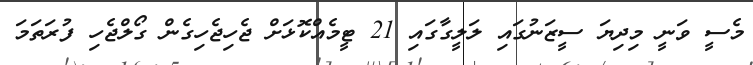
މެސީ ވަނީ މިދިޔަ ސީޒަނުގައި ލަލީގާގައި 21 ޓީމެއްކޮޅަށް ޖެހިޖެހިގެން ގޯލްޖެހި ފުރަތަމަ